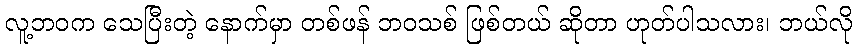
လူ့ဘဝက သေပြီးတဲ့ နောက်မှာ တစ်ဖန် ဘဝသစ် ဖြစ်တယ် ဆိုတာ ဟုတ်ပါသလား၊ ဘယ်လို